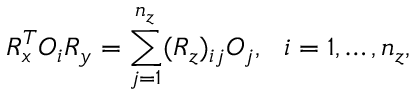
R _ { x } ^ { T } { \cal O } _ { i } R _ { y } = \sum _ { j = 1 } ^ { n _ { z } } ( R _ { z } ) _ { i j } { \cal O } _ { j } , \ \ i = 1 , \ldots , n _ { z } ,